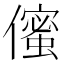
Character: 𠏷